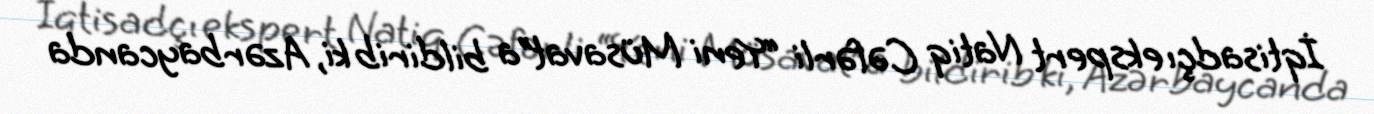
İqtisadçı ekspert Natiq Cəfərli “Yeni Müsavat”a bildirib ki, Azərbaycanda